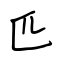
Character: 匹